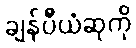
ချန်ပီယံဆုကို